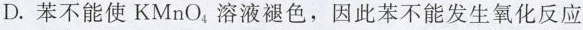
D.苯不能使KMnO_{4}溶液褪色，因此苯不能发生氧化反应